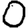
Digit: 0